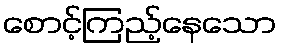
စောင့်ကြည့်နေသော